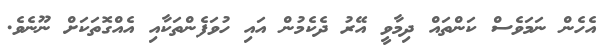
އެހެން ނަމަވެސް ކަންތައް ދިމާވީ އޭރު ދެކެމުން އައި ހުވަފެންތަކާއި އެއްގޮތަކަށް ނޫނެވެ.